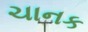
ચાનક